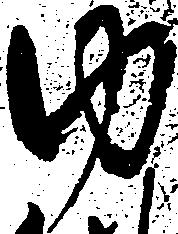
ゆ